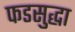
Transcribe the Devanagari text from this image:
फडसुद्धा